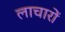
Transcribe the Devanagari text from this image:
लाचारों